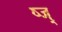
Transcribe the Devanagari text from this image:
ष्ज्